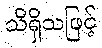
သိရှိသဖြင့်